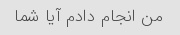
من انجام دادم آیا شما